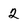
Character: 2